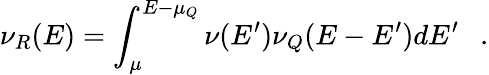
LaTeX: \nu_{R}(E)=\int_{\mu}^{E-\mu_{Q}}\nu(E^{\prime})\nu_{Q}(E-E^{\prime})dE^{\prime}~~~.